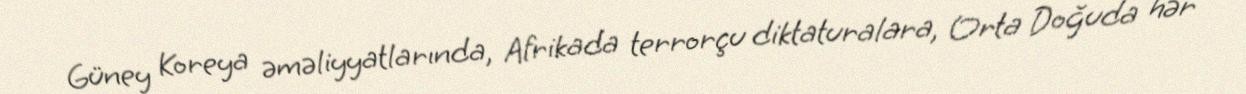
Güney Koreya əməliyyatlarında, Afrikada terrorçu diktaturalara, Orta Doğuda hər